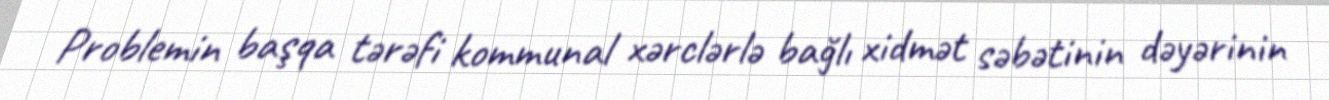
Problemin başqa tərəfi kommunal xərclərlə bağlı xidmət səbətinin dəyərinin